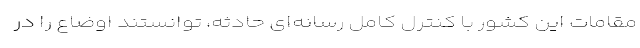
مقامات این کشور با کنترل کامل رسانه‌ای حادثه، توانستند اوضاع را در